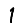
Digit: 1